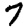
Digit: 7